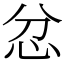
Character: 忿